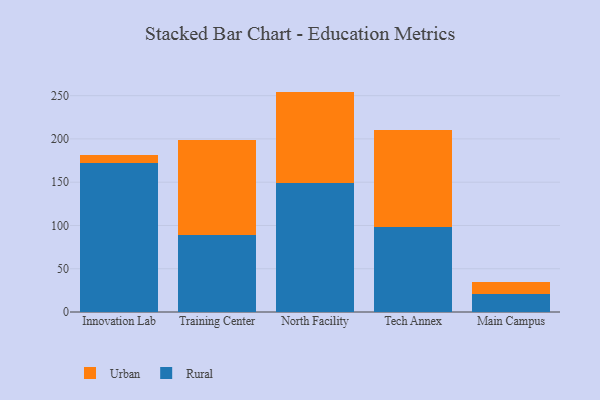
{"axis": {"x": "Campus", "y": "Tickets Resolved"}, "legend": ["Rural", "Urban"], "data": [{"x": "Innovation Lab", "y": 172.2, "type": "Rural"}, {"x": "Innovation Lab", "y": 9.4, "type": "Urban"}, {"x": "Training Center", "y": 89.2, "type": "Rural"}, {"x": "Training Center", "y": 109.4, "type": "Urban"}, {"x": "North Facility", "y": 148.8, "type": "Rural"}, {"x": "North Facility", "y": 105.9, "type": "Urban"}, {"x": "Tech Annex", "y": 98.0, "type": "Rural"}, {"x": "Tech Annex", "y": 112.3, "type": "Urban"}, {"x": "Main Campus", "y": 20.5, "type": "Rural"}, {"x": "Main Campus", "y": 13.8, "type": "Urban"}]}